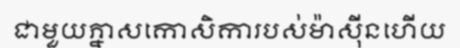
ជាមួយភ្នាសកោសិការបស់ម៉ាស៊ីនហើយ